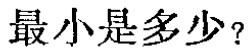
最小是多少？